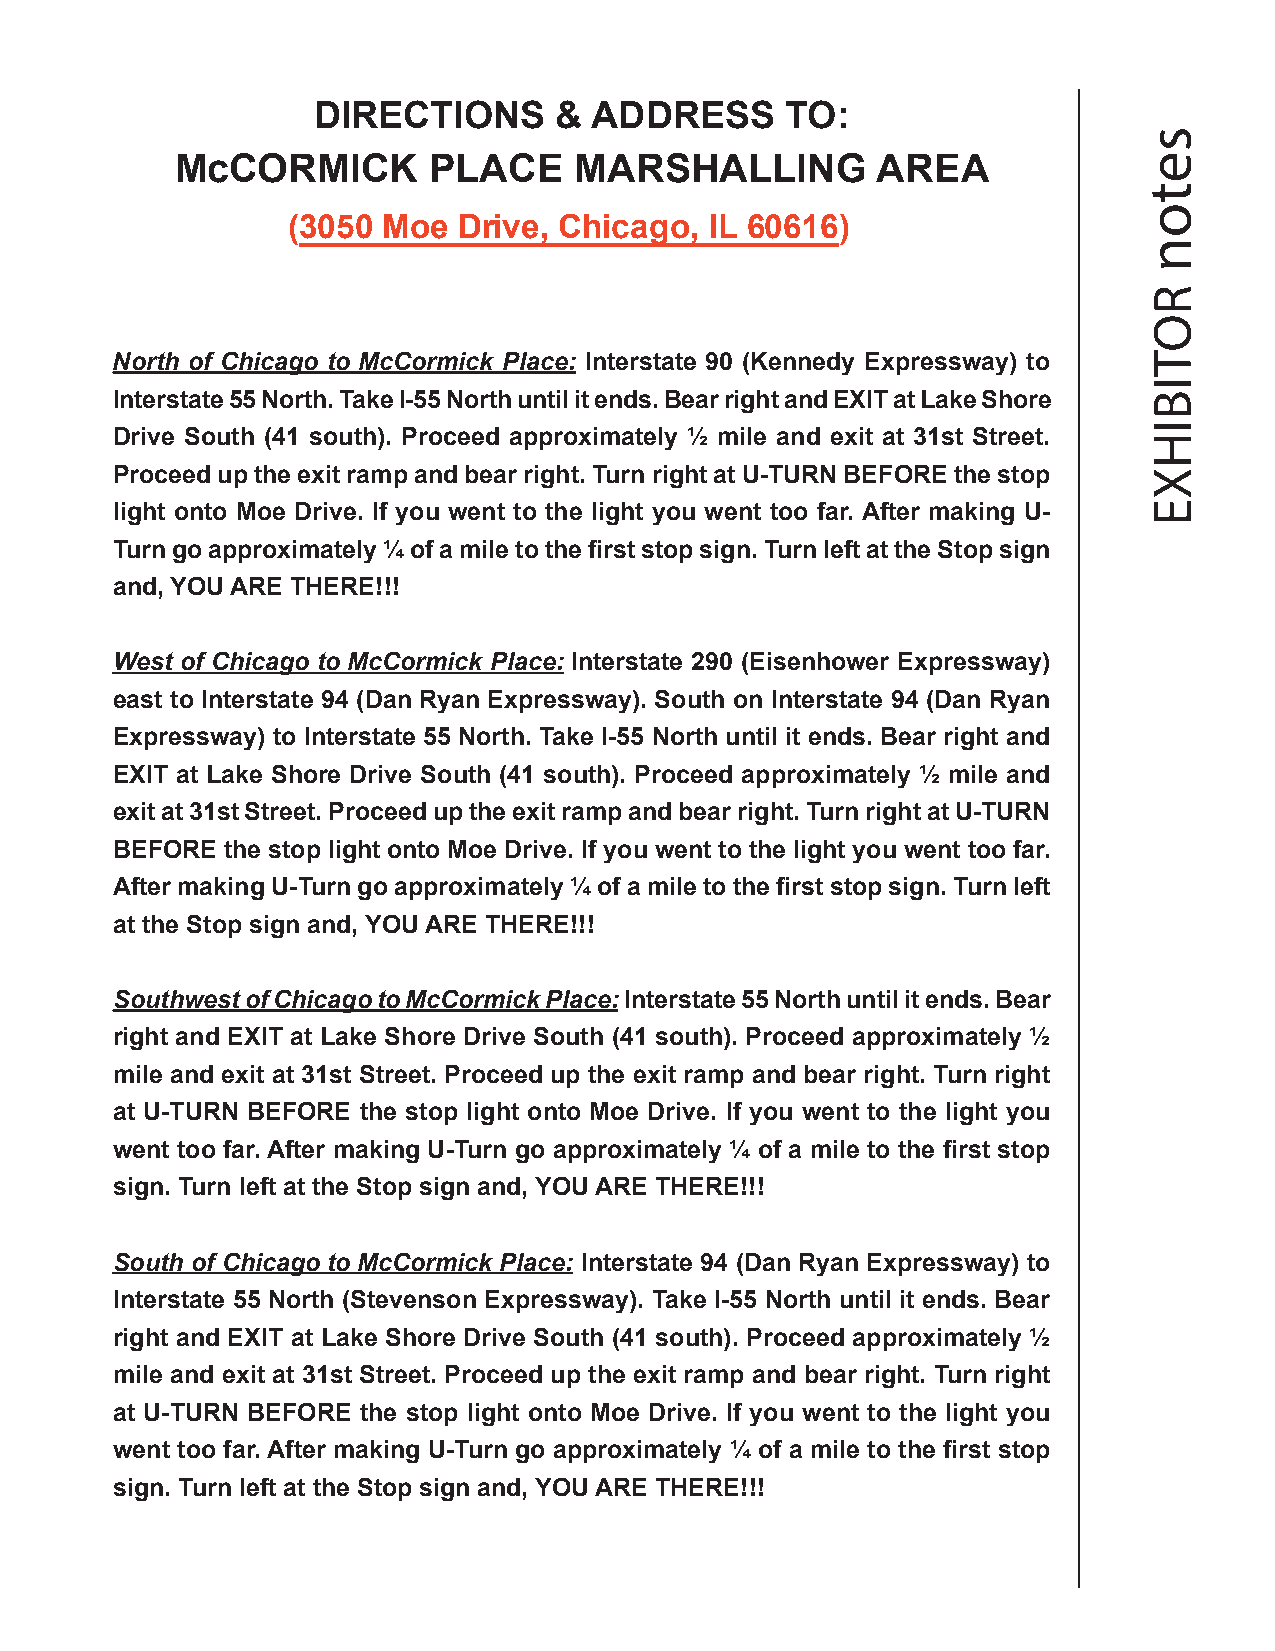
DIRECTIONS      & ADDRESS      TO:
 McCORMICK       PLACE     MARSHALLING         AREA
 (3050 Moe  Drive, Chicago,  IL 60616)
 North of Chicago to McCormick Place: Interstate 90 (Kennedy Expressway) to
 Interstate 55 North. Take I-55 North until it ends. Bear right and EXIT at Lake Shore
 Drive South (41 south). Proceed approximately ½ mile and exit at 31st Street.
 Proceed up the exit ramp and bear right. Turn right at U-TURN BEFORE the stop
 light onto Moe Drive. If you went to the light you went too far. After making U-
 Turn go approximately ¼ of a mile to the fi rst stop sign. Turn left at the Stop sign
 and, YOU ARE THERE!!!
 West of Chicago to McCormick Place: Interstate 290 (Eisenhower Expressway)
 east to Interstate 94 (Dan Ryan Expressway). South on Interstate 94 (Dan Ryan
 Expressway) to Interstate 55 North. Take I-55 North until it ends. Bear right and
 EXIT at Lake Shore Drive South (41 south). Proceed approximately ½ mile and
 exit at 31st Street. Proceed up the exit ramp and bear right. Turn right at U-TURN
 BEFORE  the stop light onto Moe Drive. If you went to the light you went too far.
 After making U-Turn go approximately ¼ of a mile to the fi rst stop sign. Turn left
 at the Stop sign and, YOU ARE THERE!!!
 Southwest of Chicago to McCormick Place: Interstate 55 North until it ends. Bear
 right and EXIT at Lake Shore Drive South (41 south). Proceed approximately ½
 mile and exit at 31st Street. Proceed up the exit ramp and bear right. Turn right
 at U-TURN BEFORE the stop light onto Moe Drive. If you went to the light you
 went too far. After making U-Turn go approximately ¼ of a mile to the fi rst stop
 sign. Turn left at the Stop sign and, YOU ARE THERE!!!
 South of Chicago to McCormick Place: Interstate 94 (Dan Ryan Expressway) to
 Interstate 55 North (Stevenson Expressway). Take I-55 North until it ends. Bear
 right and EXIT at Lake Shore Drive South (41 south). Proceed approximately ½
 mile and exit at 31st Street. Proceed up the exit ramp and bear right. Turn right
 at U-TURN BEFORE the stop light onto Moe Drive. If you went to the light you
 went too far. After making U-Turn go approximately ¼ of a mile to the fi rst stop
 sign. Turn left at the Stop sign and, YOU ARE THERE!!!
 seton
 ROTIBIHXE